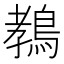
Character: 𱈩